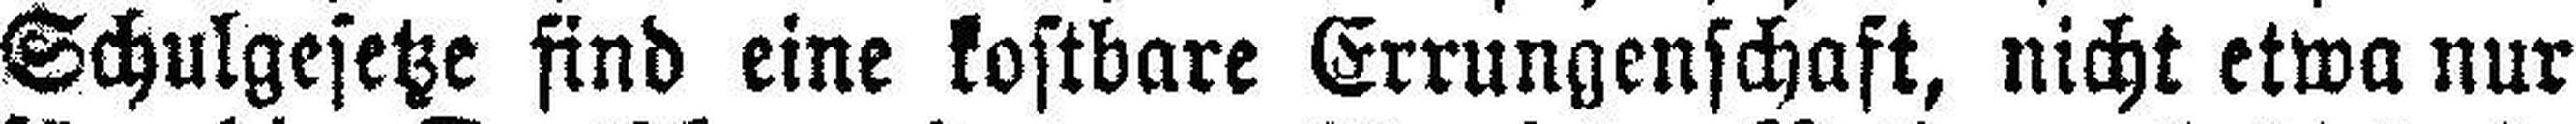
Schulgesetze find eine kostbare Errungenschaft, nicht etwa nur